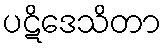
ပဋိဒေသိတာ